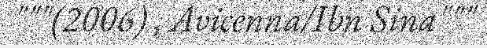
"""(2006) , Avicenna/Ibn Sina"""